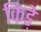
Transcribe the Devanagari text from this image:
किडे़